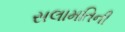
સલામતિની